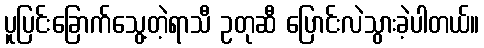
ပူပြင်းခြောက်သွေ့တဲ့ရာသီ ဥတုဆီ ပြောင်းလဲသွားခဲ့ပါတယ်။